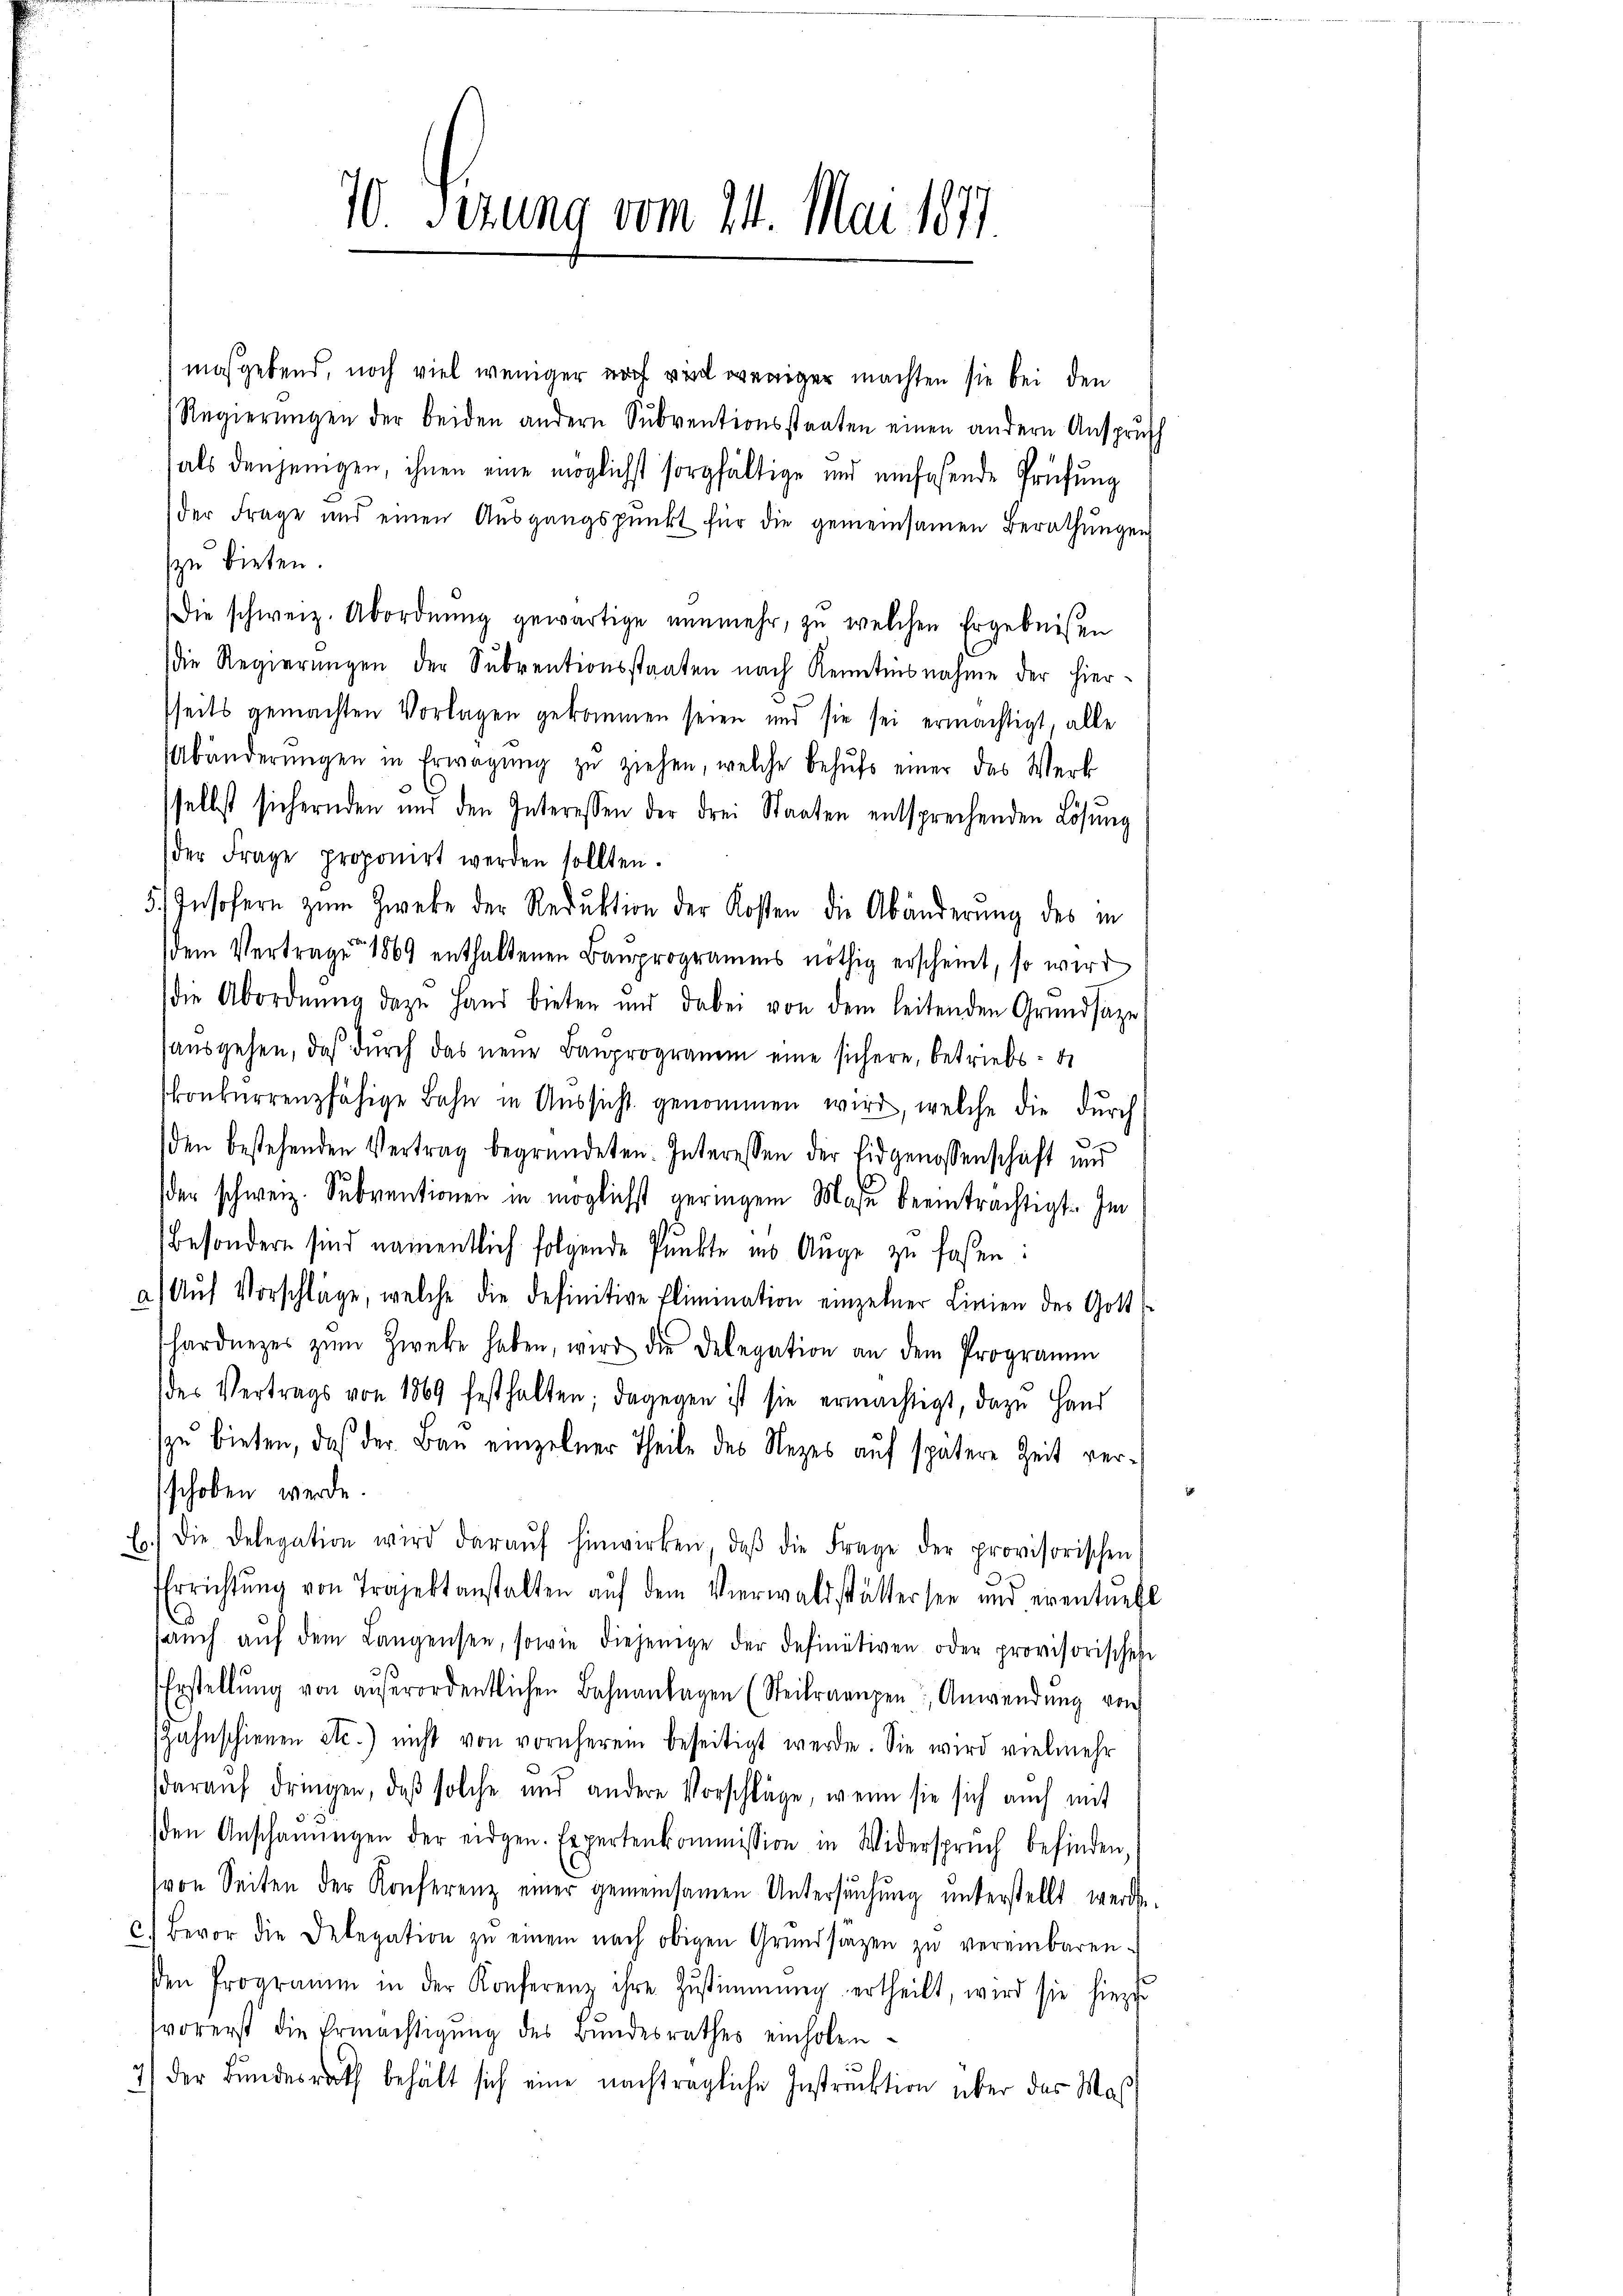
maßgebend, noch viel weniger noch viel weniger machten sie bei den
Regierŭngen der beiden andern Sŭbventionsstaaten einen andern Anspruch
als denjenigen, ihnen eine möglichst sorgfältige und einfasende Prüfung
der Frage und einen Aŭsgangspunkt für die gemeinsamen Berathŭngen
zu bieten.
Die schweiz. Abordnŭng gewärtige nŭnmehr, zu welchen Ergebnissen
die Regierŭngen der Subventionsstaaten nach Kenntnisnahme der hier-
sseits gemachten Vorlagen gekommen seien und sie sei ermächtigt, alle
Abänderŭngen in Erwägŭng zŭ ziehen, welche behŭfs einer das Werk
selbst sichernden und den Interessen der drei Staaten entsprechenden Lösung
der Frage proponirt werden sollten.
5. Insofern zum Zweke der Reduktion der Kosten die Abänderung des in
dem Verträge 1869 enthaltenen Bauprogramms nöthig erscheint, so wird
die Abordnŭng dazu Hand bieten und dabei von dem leitenden Grundsaze
aŭsgehen, daβ dŭrch das neŭe Bauprogramm eine sichere, betriebs- u
konkurrenzfähige Bahn in Aussicht genommen wird, welche die durch
den bestehenden Vertrag begründeten. Interessen der Eidgenossenschaft und
der schweiz. Subventionen in möglichst geringem Mase beeinträchtigt. Im
Besondern sind namentlich folgende Pŭnkte in Auge zu faßen:
a) Aŭf Vorschläge, welche die definitive Elimination einzelner Linien des Gott
hardnetes zŭm Zweke haben, wird die Delegation an dem Programm
des Vertrags von 1869 festhalten; dagegen ist sie ermächtigt, dazu Hand
zu bieten, daß der Bau einzelner Theile des Rezes auf spätere Zeit verschoben werde.
E.) Die Delegation wird daraŭf hinwirken, daβ die Frage der provisorischen
EErrichtŭng von Projekt anstalten aŭf dem Vierwaldstättersee und eventuell
aŭch aŭf dem Langensee, sowie diejenige der definitiven oder provisorischen
Erstellŭng von aŭβerordentlichen Bahnanlagen (Steibraengen Anwendŭng von
(Zahnschienen etc.) nicht von vornheren beseitigt werde. Sie wird vielmehr
daraŭf dringen, daβ solche und andere Vorschläge, wenn sie sich auch mit
den Anschaŭŭngen der eidgen. Expertenkommission in Widerspruch befinden,
(von Seiten der Konferenz einer gemeinsamen Untersŭchŭng ŭnterstellt werde.
c) Bevor die Delegation zŭ einem nach obigen Grŭndsitzen zŭ vereinbaren-
Den Programm in der Konferenz ihre Zustimmung ertheilt, wird sie hiezu
vorerst die Ermächtigŭng des Bŭndesrathes einholen
7) der Bundesrath behält sich eine nachträgliche Instruktion über das Maß

10. Sezung vom 24. Mai 1877